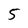
Character: 5